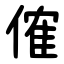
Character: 傕